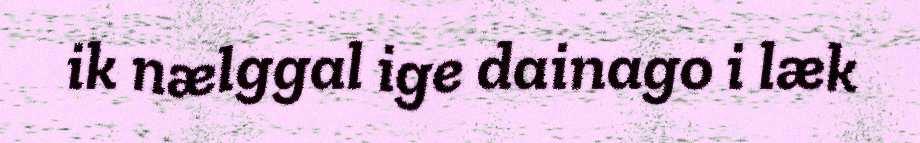
ik nælggal ige dainago i læk